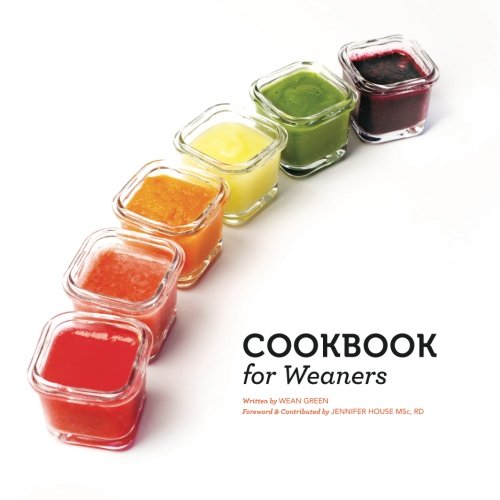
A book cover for Cookbook for Weaners; Wean Green; Cookbooks, Food & Wine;